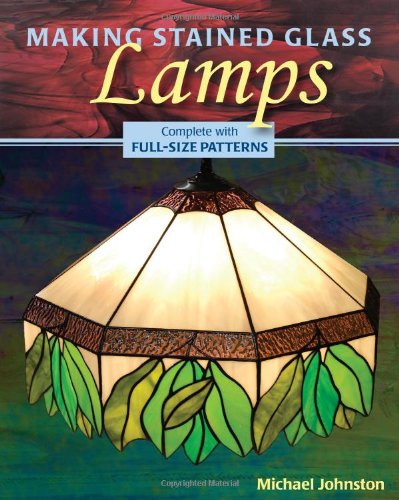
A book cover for Making Stained Glass Lamps; Michael Johnston; Crafts, Hobbies & Home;